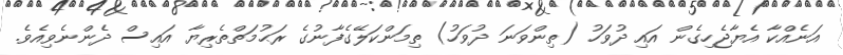
އަނެއްކާ އެޔާޖެހިގެން އައި ދުވަހު (ތިންވަނަ ދުވަހު) ތިމަންކަލޭގެފާނުގެ ރަޙުމަތްތެރިޔާ އައިސް ދެންނެވިއެވެ.